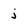
Character: j